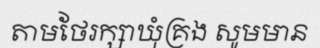
តាមថែរក្សាឃុំគ្រង សូមមាន